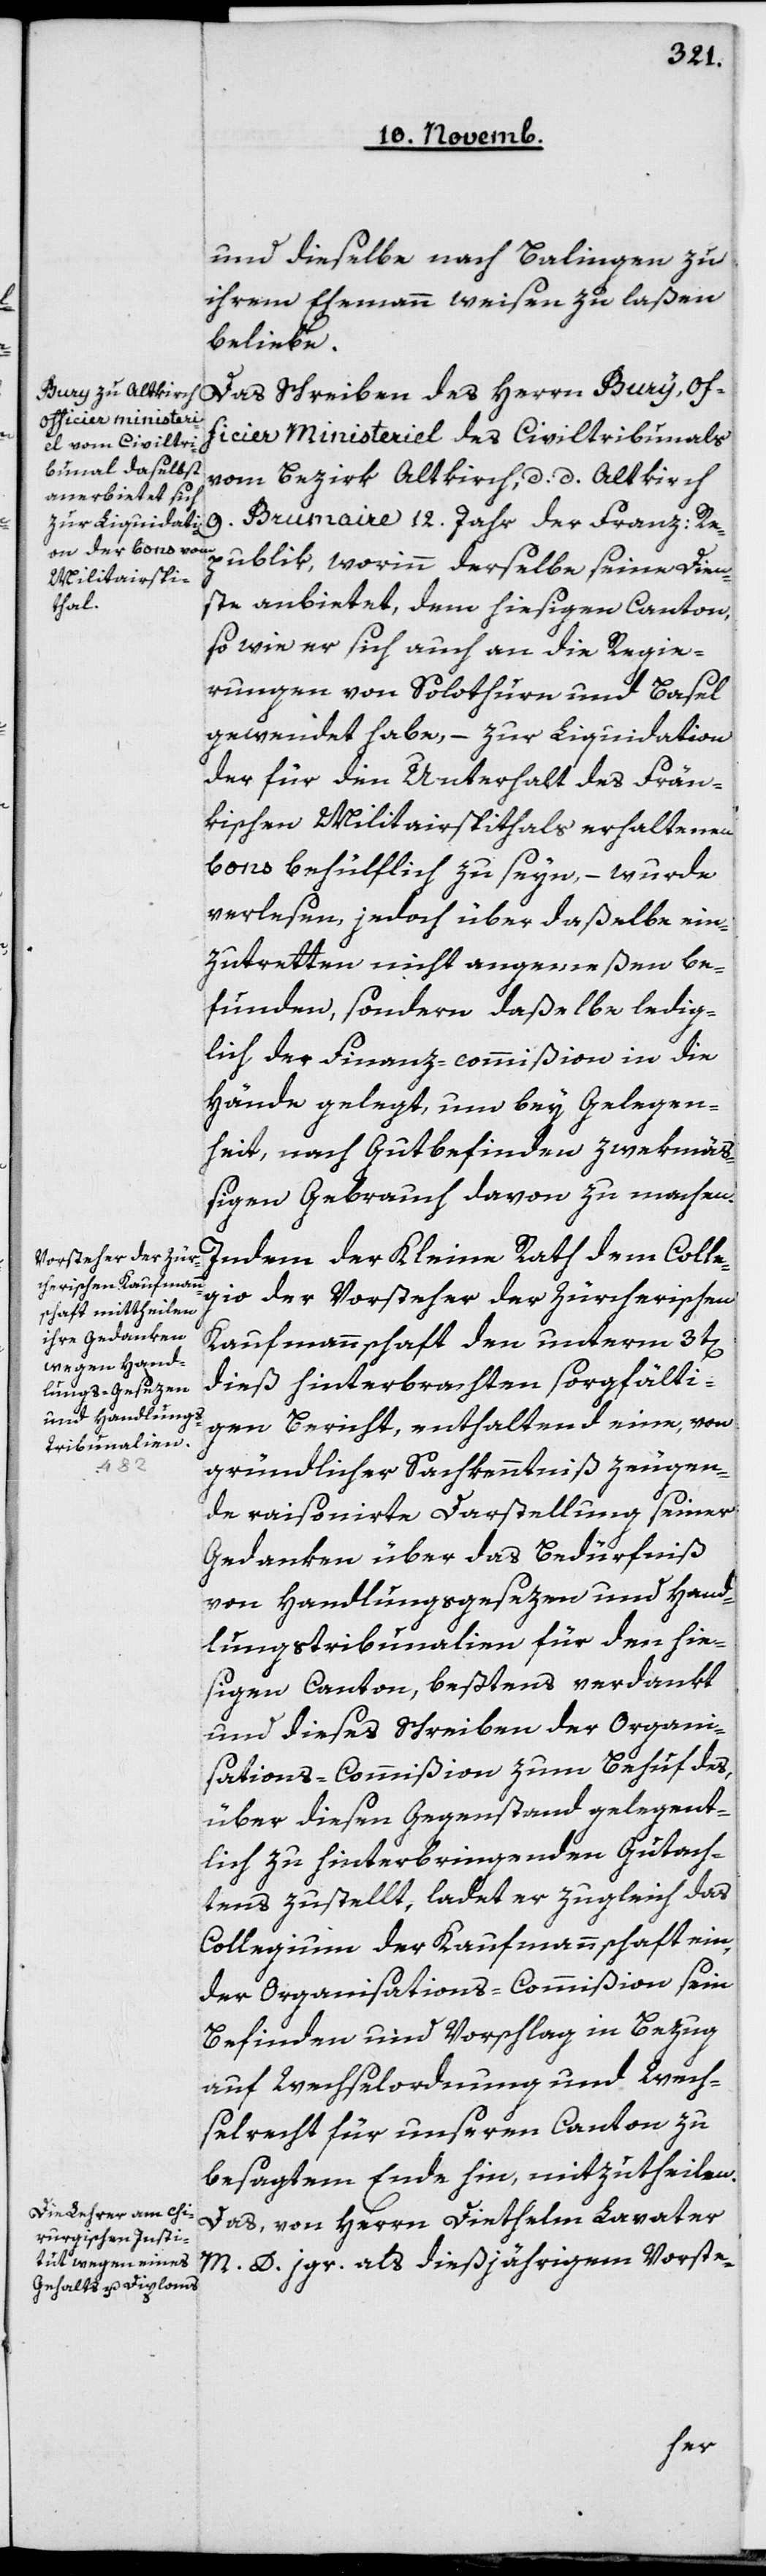
und dieselbe nach Balingen zu
ihrem Ehemann weisen zu laßen
beliebe.
Das Schreiben des Herrn Bury, Of¬
ficier Ministeriel des Civiltribunals¬
vom Bezirk Altkirch, d. d. Altkirch
9. Brumaire 12. Jahr der Franz. Re¬
publik, worinn derselbe seine Dien¬
ste anbietet, dem hiesigen Canton,
so wie er sich auch an die Regie¬
rungen von Solothurn und Basel
gewendet habe, – zur Liquidation
der für den Unterhalt des Frän¬
kischen Militairspithals erhaltenen
Bons behülflich zu seyn, – wurde
verlesen, jedoch über daßelbe ein¬
zutretten nicht angemeßen be¬
funden, sondern daßelbe ledig¬
lich der Finanz-commißion in die
Hände gelegt, um bey Gelegen¬
heit, nach Gutbefinden zwekmäß¬
igen Gebrauch davon zu machen.
Indem der Kleine Rath dem Colle¬
gio der Vorsteher der Zürcherischen
Kaufmannschaft den unterm 3ten
dieß hinterbrachten sorgfälti¬
gen Bericht, enthaltend eine, von
gründlicher Sachkenntniß zeugen¬
de raisonierte Darstellung seiner
Gedanken über das Bedürfniß
von Handlungsgesezen und Hand¬
lungstribunalien für den hie¬
sigen Canton, bestens verdankt
und dieses Schreiben der Organi¬
sations-Commißion zum Behuf des,
über diesen Gegenstand gelegent¬
lich zu hinterbringenden Gutach¬
tens zustellt, ladet er zugleich das
Collegium der Kaufmannschaft ein,
der Organisations-Commißion sein
Befinden und Vorschlag in Bezug
auf Wechselordnung und Wech¬
selrecht für unseren Canton zu
besagtem Ende hin, mitzutheilen.
Das, von Herrn Diethelm Lavater
M. D. jgr. als dießjährigem Vorste-